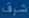
شرف